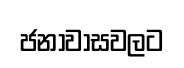
ජනාවාසවලට